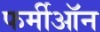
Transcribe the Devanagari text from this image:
फर्मीऑन